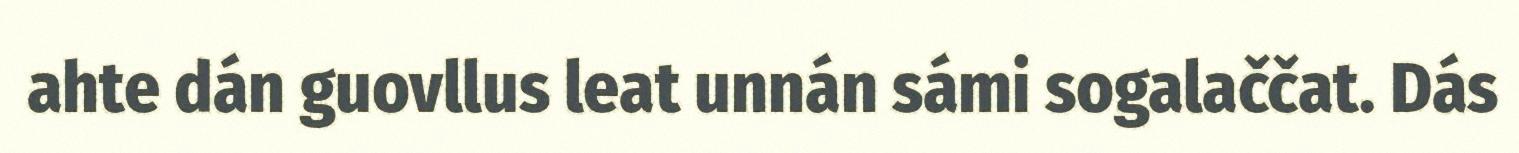
ahte dán guovllus leat unnán sámi sogalaččat. Dás